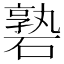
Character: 䃞